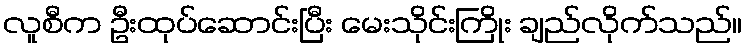
လူစီက ဦးထုပ်ဆောင်းပြီး မေးသိုင်းကြိုး ချည်လိုက်သည်။